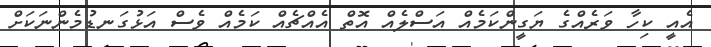
އެއީ ކިހާ ވަރެއްގެ ޔަގީންކަމެއް އަސްލެއް އޮތް އެއްޗެއް ކަމެއް ވެސް އަޅުގަނޑުމެންނަކަށް